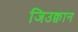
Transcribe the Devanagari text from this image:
जिउक्वान